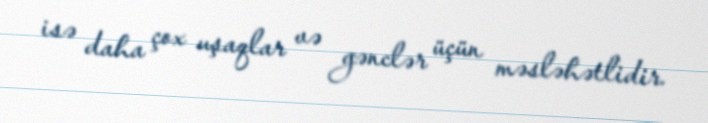
isə daha çox uşaqlar və gənclər üçün məsləhətlidir.